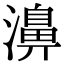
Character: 濞